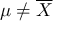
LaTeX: \mu \neq { \overline { { X } } }